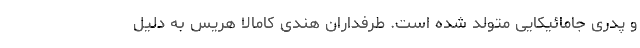
و پدری جامائیکایی متولد شده است. طرفداران هندی کامالا هریس به دلیل